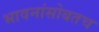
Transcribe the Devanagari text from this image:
भावनांसोबतच